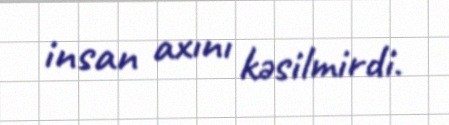
insan axını kəsilmirdi.